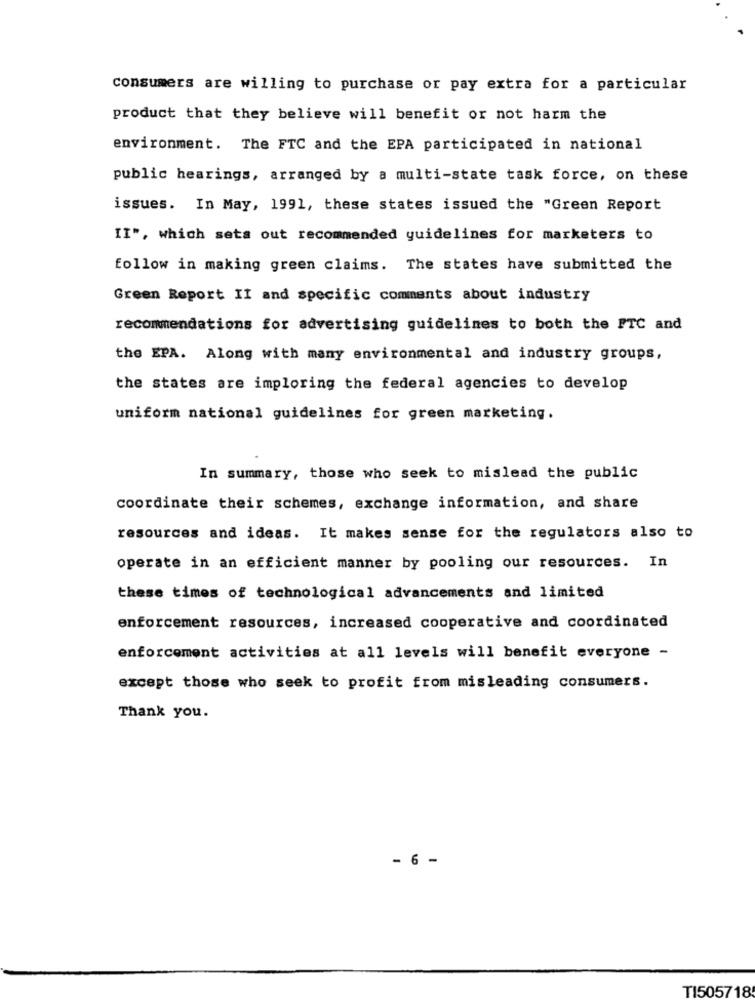
consumers are willing to purchase or pay extra for a particular
product that they believe will benefit or not harm the
environment. The FTC and the EPA participated in national
public hearings, arranged by a multi-state task force, on these
issues. In May, 1991, these states issued the "Green Report
II", which sets out recommended guidelines for marketers to
follow in making green claims. The states have submitted the
Green Report II and specific comments about industry
recommendations for advertising guidelines to both the PTC and
the EPA. Along with many environmental and industry groups,
the states are imploring the federal agencies to develop
uniform national guidelines for green marketing.
In summary, those who seek to mislead the public
coordinate their schemes, exchange information, and share
resources and ideas. It makes sense for the regulators also to
operate in an efficient manner by pooling our resources. In
these times of technological advancements and limited
enforcement resources, increased cooperative and coordinated
enforcement activities at all levels will benefit everyone -
except those who seek to profit from misleading consumers.
Thank you.
- 6 -
TI505718